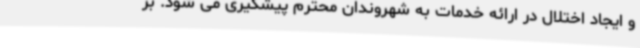
و ایجاد اختلال در ارائه خدمات به شهروندان محترم پیشگیری می شود. بر